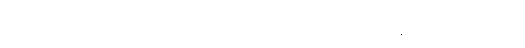
ဒီ တစ်ခေါက် ကျွန်တော်တို့တာဝန်ယူထားတဲ့ အလုပ်က ပေါ့သေးသေးအလုပ်တော့မဟုတ်ဘူး။